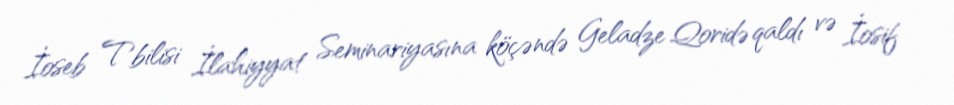
İoseb Tbilisi İlahiyyat Seminariyasına köçəndə Geladze Qoridə qaldı və İosif